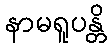
နာမရူပန္တိ